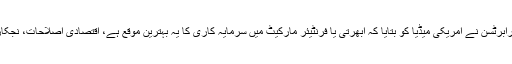
برطانوی اینی سنس کیپٹل لمیٹڈ کے چیف اکانومسٹ چارلی رابرٹسن نے امریکی میڈیا کو بتایا کہ ابھرتی یا فرنٹیئر مارکیٹ میں سرمایہ کاری کا یہ بہترین موقع ہے، اقتصادی اصلاحات، نجکاری اور آئی ایم ایف کے ساتھ بہتر تعلقات فروغ پا رہے ہیں۔